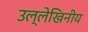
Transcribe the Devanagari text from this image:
उल्लेखिनीय